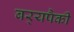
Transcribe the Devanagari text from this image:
बर्‍यपैकी